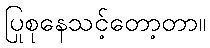
ပြုစုနေသင့်တော့တာ။